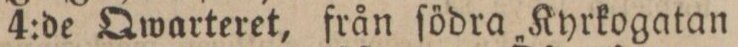
4:de Qwarteret, från ſödra Kyrkogatan